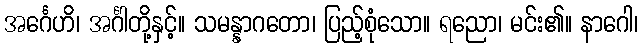
အင်္ဂေဟိ၊ အင်္ဂါတို့နှင့်။ သမန္နာဂတော၊ ပြည့်စုံသော။ ရညော၊ မင်း၏။ နာဂေါ၊